Insane asylums Bombay 1873-77 - 1873-1877
Year: 1873
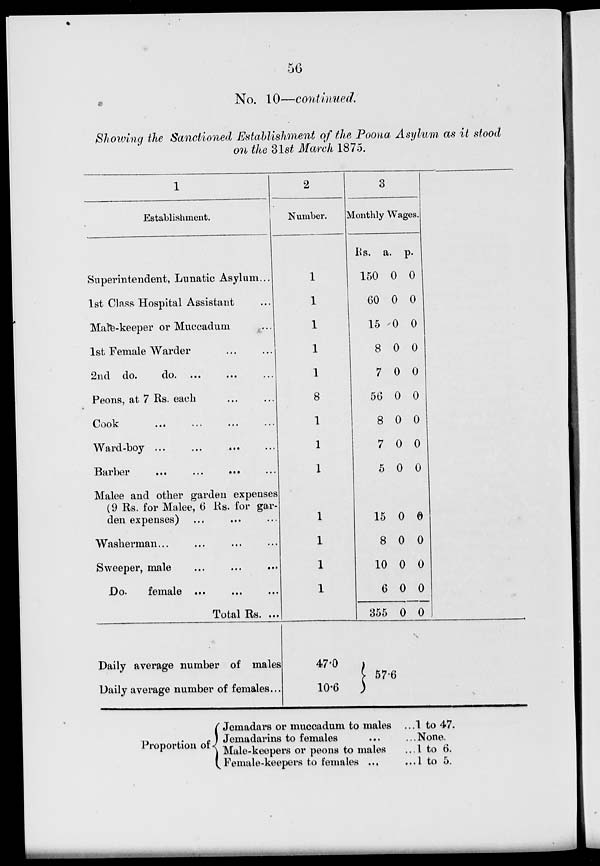
56
No. 10—continued.
Showing the Sanctioned Establishment of the Poona Asylum as it stood
on the 31st March 1875.
1
Establishment.
Superintendent, Lunatic Asylum ...
1st Class Hospital Assistant ...
Male-keeper or Muccadum
1st Female Warder ... ...
2nd do.
do. ... ... ...
Peons, at 7 Rs. each ... ...
Cook ... ... ... ...
Ward-boy ... ... ... ...
Barber
... ... ...
...
Malee and other garden expenses
(9 Rs. for Malee, 6 Rs. for gar-
den expenses) ... ... ...
Washerman . . . . . . . . . ...
Sweeper, male ... ... ...
Do.
female ... ... ...
Total Rs. ...
Daily average number of males
Daily average number of females...
2
Number.
1
1
1
1
1
8
1
1
1
1
1
1
1
47.0
10.6
3
Monthly Wages.
Rs.
150
60
15
8
7
56
8
7
5
15
8
10
6
355
a.
0
0
0
0
0
0
0
0
0
0
0
0
0
0
p.
0
0
0
0
0
0
0
0
0
0
0
0
0
0
57.6
Proportion of
Jemadars or muccadum to males ...
Jemadarins to females ... ...
Male-keepers or peons to males ...
Female-keepers to females ... ...
1 to 47.
None.
1 to 6.
1 to 5.